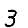
Digit: 3